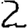
Digit: 2